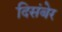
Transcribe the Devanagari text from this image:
दिसंबेर